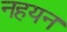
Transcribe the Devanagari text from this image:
नहयन